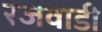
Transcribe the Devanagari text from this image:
रजवाडी